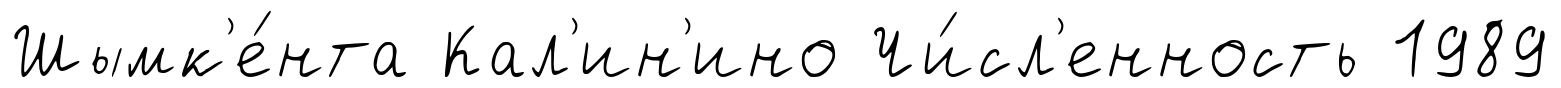
Шымк'е́нта Кал'ин'ино Чи́сл'енность 1989